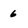
Character: 6